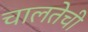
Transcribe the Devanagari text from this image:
चालतेची